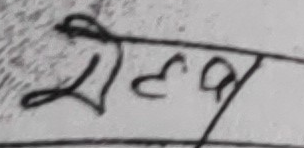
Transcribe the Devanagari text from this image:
रालव